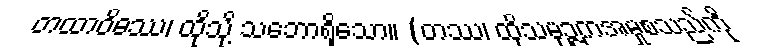
တထာဝိဓဿ၊ ထိုသို့ သဘောရှိသော။ (တဿ၊ ထိုသမုဉ္ဇကအမှုစသည်ကို